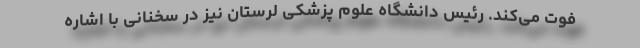
فوت می‌کند. رئیس دانشگاه علوم پزشکی لرستان نیز در سخنانی با اشاره